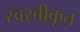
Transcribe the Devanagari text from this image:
स्वस्वीकृत